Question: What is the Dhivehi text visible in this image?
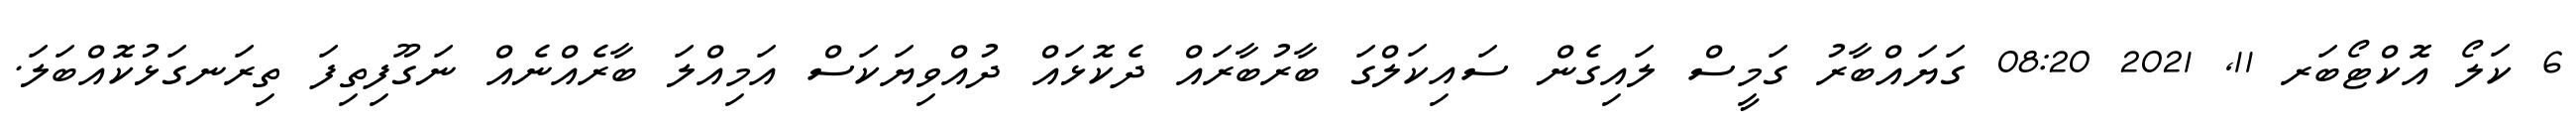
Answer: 6 ކަލޯ އޮކްޓޯބަރ 11, 2021 08:20 ގަޔައްބާރު ގަމީސް ލައިގެން ސައިކަލްގަ ބާރުބާރައް ދެކޮޅައް ދުއްވިޔަކަސް އަމިއްލަ ބާރެއްނެއް ނަގޫފިތިފަ ތިރަނގަޅުކޮއްބަލަ.